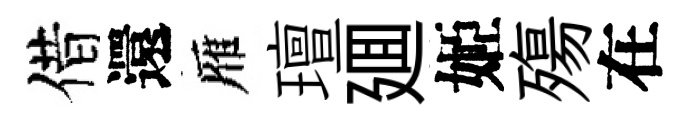
借還雁璮廽姬殤在